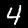
Digit: 4